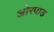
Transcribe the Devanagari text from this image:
ओरपाड